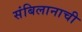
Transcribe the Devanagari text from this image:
संबिलानाची